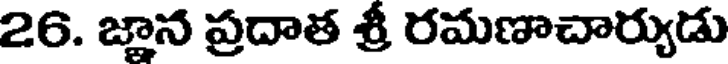
26. జ్ఞాన ప్రదాత శ్రీ రమణాచార్యుడు